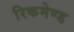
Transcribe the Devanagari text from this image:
रिकमेण्ड